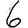
Digit: 6